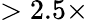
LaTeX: >2.5\times